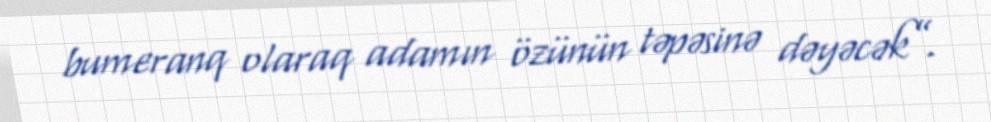
bumeranq olaraq adamın özünün təpəsinə dəyəcək”.